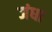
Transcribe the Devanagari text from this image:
जंधा